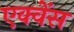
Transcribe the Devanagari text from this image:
एक्वेंस